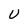
Character: U